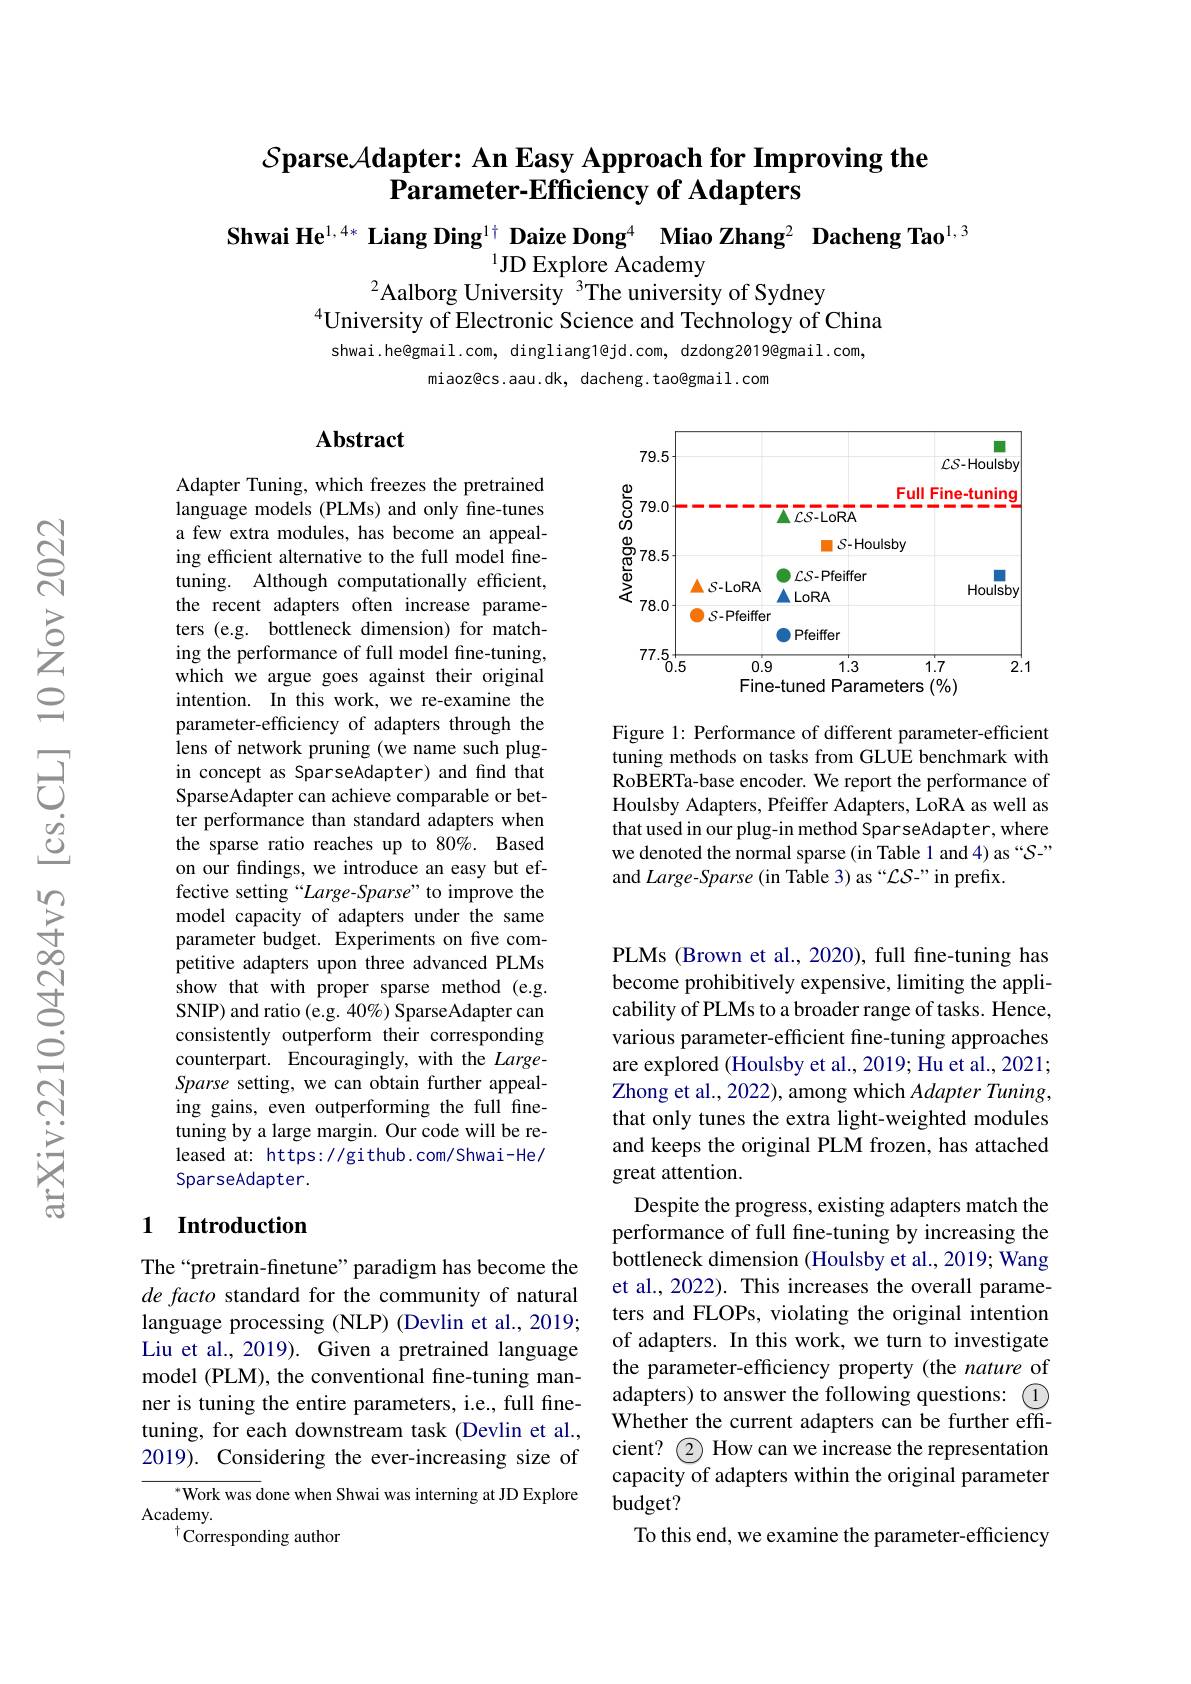
# $\mathcal{S} \textbf{parse}\mathcal{A} \textbf{dapter: An Easy Approach for Improving the}$ $\bar{\textbf{Parameter-Efficiency of Adapters}}$

$\textbf{Shwai He}^{1,4*}$ Liang Ding$^{1+}$ Daize Dong$^{4}$ Miao Zhang$^{2}\textbf{ Dacheng Tao}^{1,3}$
$^{1}$JD Explore Academy
$^{2}$Aalborg University$^{3}$The university of Sydney
$^{4}$University of Electronic Science and Technology of China shwai.he@gmail.com, dingliang1@jd.com, dzdong2019@gmail.com,

miaoz@cs.aau.dk, dacheng.tao@gmail.com

## Abstract

<FigureHere>

Figure 1: Performance of different parameter-efficient tuning methods on tasks from GLUE benchmark with RoBERTa-base encoder. We report the performance of Houlsby Adapters, Pfeiffer Adapters, LoRA as well as that used in our plug-in method SparseAdapter, where we denoted the normal sparse (in Table 1 and 4) as “S-” and Large-Sparse (in Table 3) as “$\mathcal{L}S$-”in prefix

Adapter Tuning, which freezes the pretrained language models (PLMs) and only fine-tunes a few extra modules, has become an appealing efficient alternative to the full model finetuning. Although computationally efficient, the recent adapters often increase parameters (e.g. bottleneck dimension) for matching the performance of full model fine-tuning, which we argue goes against their original intention. In this work, we re-examine the parameter-efficiency of adapters through the lens of network pruning (we name such plugin concept as SparseAdapter) and find that SparseAdapter can achieve comparable or better performance than standard adapters when the sparse ratio reaches up to 80%. Based on our findings, we introduce an easy but effective setting“Large-Sparse”to improve the model capacity of adapters under the same parameter budget. Experiments on five competitive adapters upon three advanced PLMs show that with proper sparse method ( e. g. SNIP) and ratio (e.g. 40%) SparseAdapter can consistently outperform their corresponding counterpart. Encouragingly, with the LargeSparse setting, we can obtain further appealing gains, even outperforming the full finetuning by a large margin. Our code will be released at: https://github.com/Shwai-He/ SparseAdapter.

## 1 Introduction

PLMs (Brown et al., 2020), full fine-tuning has become prohibitively expensive, limiting the applicability of PLMs to a broader range of tasks. Hence, various parameter-efficient fine-tuning approaches are explored (Houlsby et al., 2019; Hu et al., 2021; Zhong et al., 2022), among which Adapter Tuning, that only tunes the extra light-weighted modules and keeps the original PLM frozen, has attached great attention.
Despite the progress, existing adapters match the performance of full fine-tuning by increasing the bottleneck dimension (Houlsby et al., 2019; Wang et al., 2022). This increases the overall parameters and FLOPs, violating the original intention of adapters. In this work, we turn to investigate the parameter-efficiency property (the nature of adapters) to answer the following questions: $\textcircled{1}$ Whether the current adapters can be further effcient? $\textcircled{2}$ How can we increase the representation capacity of adapters within the original parameten budget?
To this end, we examine the parameter-efficiency

The“pretrain-finetune”paradigm has become the de facto standard for the community of natural language processing (NLP) (Devlin et al., 2019; Liu et al., 2019). Given a pretrained language model (PLM), the conventional fine-tuning manner is tuning the entire parameters, i.e., full finetuning, for each downstream task (Devlin et al., 2019). Considering the ever-increasing size of
$^{*}$Work was done when Shwai was interning at JD Explore
$\mathop{\mathrm{Academy}}_{+}$
$^{\dagger}{\mathrm{Corresponding~author}}$